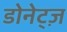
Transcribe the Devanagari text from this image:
डोनेट्ज़